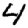
Digit: 4